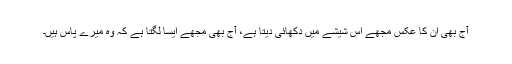
آج بھی اُن کا عکس مجھے اس شیشے میں دکھائی دیتا ہے، آج بھی مجھے ایسا لگتا ہے کہ وہ میرے پاس ہیں۔